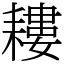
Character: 耬